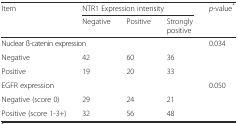
<table><thead><tr><td rowspan="2"><b>Item</b></td><td colspan="3"><b>NTR1 Expression intensity</b></td><td rowspan="2"><b><i>p</i>-value<sup>*</sup></b></td></tr><tr><td><b>Negative</b></td><td><b>Positive</b></td><td><b>Strongly positive</b></td></tr></thead><tbody><tr><td colspan="2">Nuclear ß-catenin expression</td><td></td><td></td><td>0.034</td></tr><tr><td>Negative</td><td>42</td><td>60</td><td>36</td><td></td></tr><tr><td>Positive</td><td>19</td><td>20</td><td>33</td><td></td></tr><tr><td>EGFR expression</td><td></td><td></td><td></td><td>0.050</td></tr><tr><td>Negative (score 0)</td><td>29</td><td>24</td><td>21</td><td></td></tr><tr><td>Positive (score 1-3+)</td><td>32</td><td>56</td><td>48</td><td></td></tr></tbody></table>